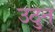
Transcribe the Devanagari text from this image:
उठुन